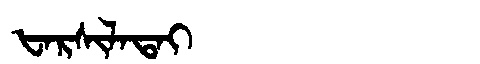
Manchu: ᡶᠠᡵᠰᡳᠯᠠᡨᠠᡳ
Romanization: FARSILATAI